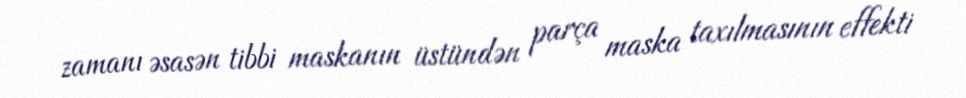
zamanı əsasən tibbi maskanın üstündən parça maska taxılmasının effekti